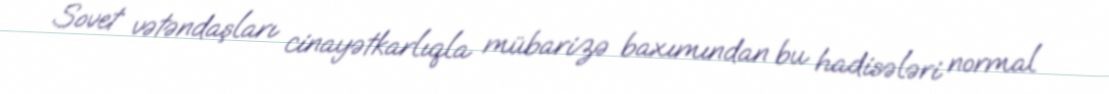
Sovet vətəndaşları cinayətkarlıqla mübarizə baxımından bu hadisələri normal